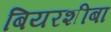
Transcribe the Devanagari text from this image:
बियरशीबा